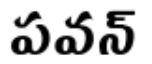
పవన్